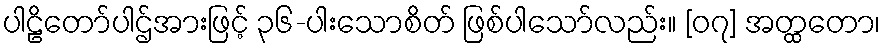
ပါဠိတော်ပါဌ်အားဖြင့် ၃၆-ပါးသောစိတ် ဖြစ်ပါသော်လည်း။ [၀၇] အတ္ထတော၊